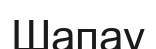
Шапау